[Report on the health of British troops in the Madras command]
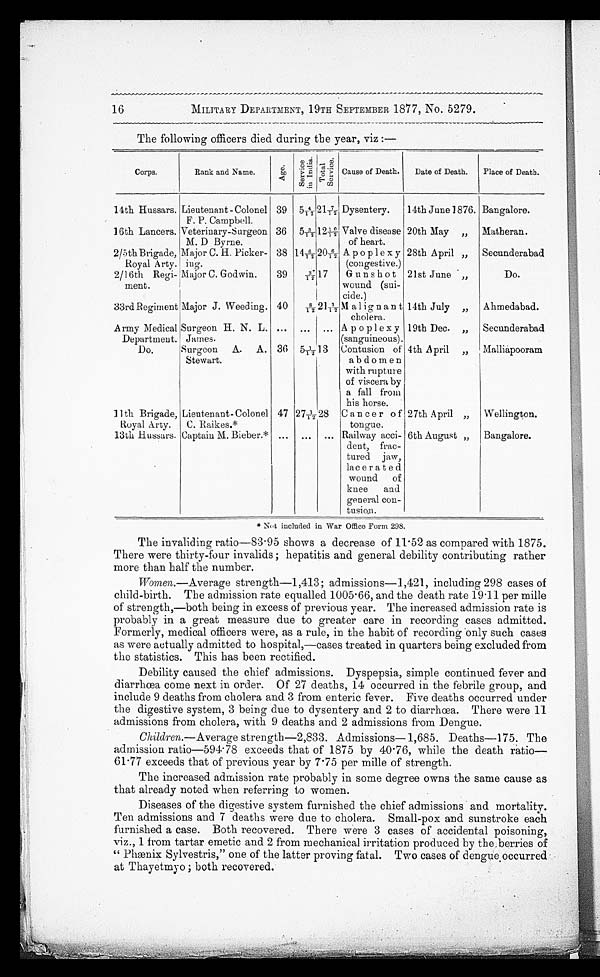
MILITARY DEPARTMENT, 19TH SEPTEMBER 1877, No. 5279.
The following officers died during the year, viz :—
Corps.
Rank and Name.
A g e .
S e r v i c e i n I n d i a .
Tot al Ser vi ce.
Cause of Death.
Date of Death.
Place of Death.
14th Hussars. Lieutenant-Colonel
F. P. Campbell.
39
5 4 / 1 2
2 1 7 / 1 2 Dysentery.
14th June 1876. Bangalore.
16th Lancers. Veterinary-Surgeon
M. D Byrne.
36
5 3 / 1 2
12 10/12 Valve disease
of heart.
20th May „ Matheran.
2/5th Brigade,
Royal Arty.
Major C. H. Picker
-ing.
38 14 6/12 20 6/12 A. poplexy
(congestive.)
28th April „
Secunderabad
2/16th Regi
-meat.
Major C. Godwin.
39
3 7 / 1 2
17
Gunshot
wound (sui
-cide.)
21st June „
Do.
33rd Regiment Major J. Weeding. 40
8 / 1 2 21 1/12 Malignant
cholera.
14th July „
Ahmedabad.
Army Medical
Department.
Surgeon H. N. L.
James.
. . .
. . .
. . . Apoplexy
(sanguineous).
19th Dec. „
Secunderabad
Do.
Surgeon A. A.
Stewart.
36 5 1/12 13 Contusion of
abdomen
with rupture
of viscera by
a fall from
his horse.
4th April „
Malliapooram
11th Brigade,
Royal Arty.
Lieutenant-Colonel
C. Raikes.*
47 27 1/12 28 Cancer of
tongue.
27th April „ Wellington.
13th Hussars.
.
Captain M. Bieber.*
. . .
. . .
. . . Railway acci
-dent, frac
-tured jaw,
lacerated
wound of
knee and
general con
- t u s i o n .
6th August „
Bangalore.
*Not
included in War Office Form 298.
The invaliding ratio—83.95 shows a decrease of 11.52 as compared with 1875.
There were thirty-four invalids ; hepatitis and general debility contributing rather
more than half the number.
Women. —Average strength—1,413; admissions—1,421, including 298 cases of
child-birth. The admission rate equalled 1005.66, and the death rate 19.11 per mille
of strength,—both being in excess of previous year. The increased admission rate is
probably in a great measure due to greater care in recording cases admitted.
For mer l y, medi cal of f i cer s wer e, as a r ul e, i n t he habi t of r ecor di ng onl y such cases
as were actually admitted to hospital,—cases treated in quarters being excluded from
the statistics. This has been rectified.
Debility caused the chief admissions. Dyspepsia, simple continued fever and
diarrhœa come next in order. Of 27 deaths, 14 occurred in the febrile group, and
include 9 deaths from cholera and 3 from enteric fever. Five deaths occurred under
the digestive system, 3 being due to dysentery and 2 to diarrhœa. There were 11
admissions from cholera, with 9 deaths and 2 admissions from Dengue.
Children. —Average strength—2,833. Admissions—1,685. Deaths—175. The
admission ratio—594.78 exceeds that of 1875 by 40.76, while the death ratio-
61.77 exceeds that of previous year by 7.75 per mille of strength.
The increased admission rate probably in some degree owns the same cause as
that already noted when referring to women.
Diseases of the digestive system furnished the chief admissions and mortality.
Ten admissions and 7 deaths were due to cholera. Small-pox and sunstroke each
furnished a case. Both recovered. There were 3 cases of accidental poisoning,
viz., 1 from tartar emetic and 2 from mechanical irritation produced by the berries of
"Phænix Sylvestris," one of the latter proving fatal. Two cases of dengue, occurred
at Thayetmyo ; both recovered.
16